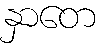
နှာတေ